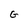
Character: G